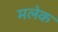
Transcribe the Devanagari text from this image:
मलेक